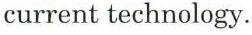
current technology.